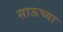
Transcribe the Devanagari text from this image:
साऊच्या